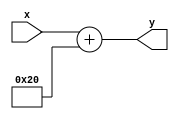
// This program was cloned from: https://github.com/FPGADude/Digital-Design
// License: GNU General Public License v3.0

// Add a constant value of 32 to obtain the Fahrenheit temperature
//
// Written by David Marion
`timescale 1ns / 1ps
module add_32(
    input [7:0] x,
    output reg [7:0] y
    );
    
    always @(*) begin
        y = x + 32;
    end
    
endmodule